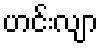
ဟင်းလျာ